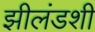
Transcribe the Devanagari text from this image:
झीलंडशी